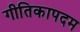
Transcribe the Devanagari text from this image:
गीतिकापदम